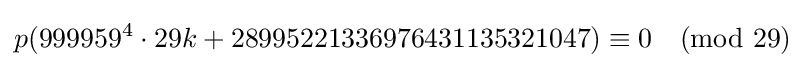
p(999959^{4}\cdot 29k+28995221336976431135321047)\equiv 0{\pmod {29}}